Document type: Barter
Year: 1304
Scribe: Pere Pometa
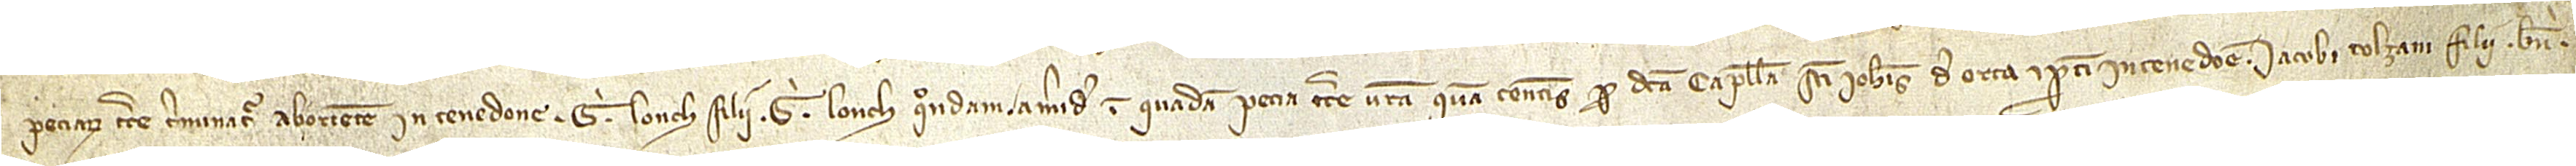
peciarum terre terminatur ab oriente in tenedone Gi Lonch, filii Gi Lonch, quondam, a meridie in quadam pecia terre vestra quam tenetis pro dicta capella Sancti Iohannis de Orta et partim in tenedone Iacobi Tolzani, filii Bni